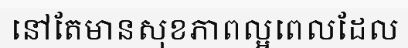
នៅតែមានសុខភាពល្អពេលដែល